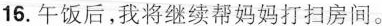
16.午饭后,我将继续帮妈妈打扫房间。